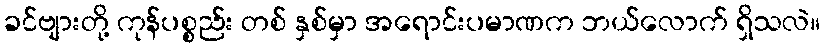
ခင်ဗျားတို့ ကုန်ပစ္စည်း တစ် နှစ်မှာ အရောင်းပမာဏက ဘယ်လောက် ရှိသလဲ။